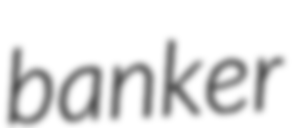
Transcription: banker